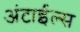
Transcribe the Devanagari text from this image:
अंटाईल्स